Civil Veterinary Dept. Bombay admin report 1932-41 - 1932-1941
Year: 1932
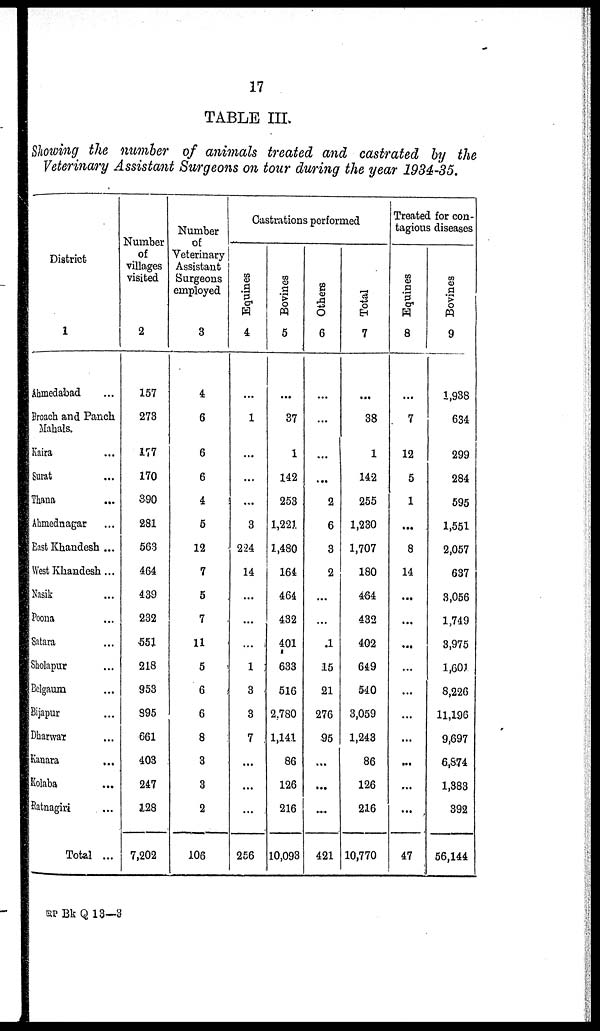
17
TABLE III.
Showing the number of animals treated and castrated by the
Veterinary Assistant Surgeons on tour during the year 1934-35.
District
1
Ahmedabad ...
Broach and Panch.
Mahals.
Kaira ...
Surat ...
Thana
...
Ahmednagar ...
East Khandesh ...
West Khandesh ...
Nasik ...
Poona ...
Satara ...
Sholapur ...
Belgaum ...
Bijapur ...
Dharwar ...
Kanara ...
Kolaba ...
Ratnagiri ...
Total ...
Number
of
villages
visited
2
157
273
177
170
390
281
563
464
439
232
551
218
953
895
661
403
247
128
7,202
Number
of
Veterinary
Assistant
Surgeons
employed
3
4
6
6
6
4
5
12
7
5
7
11
5
6
6
8
3
3
2
106
Castrations performed
Equines
4
...
1
...
...
...
3
224
14
...
...
...
1
3
3
7
...
...
...
256
Bovines
5
...
37
1
142
253
1,221
1,480
164
464
432
401
633
516
2,780
1,141
86
126
216
10,093
Others
6
...
...
...
...
2
6
3
2
...
...
1
15
21
276
95
...
...
...
421
Total
7
...
38
1
142
255
1,230
1,707
180
464
432
402
649
540
3,059
1,243
86
126
216
10,770
Treated for con-
tagious diseases
Equines
8
...
7
12
5
1
...
8
14
...
...
...
...
...
...
...
...
...
...
47
Bovines
9
1,938
634
299
284
595
1,551
2,057
637
3,056
1,749
3,975
1,601
8,226
11,196
9,697
6,874
1,383
392
56,144
QP Bk Q 13—3